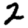
Digit: 2